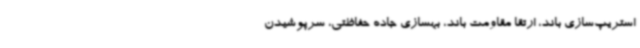
استریپ‌سازی باند، ارتقا مقاومت باند، بهسازی جاده حفاظتی، سرپوشیدن